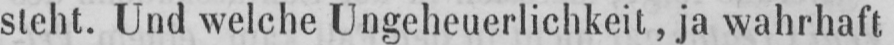
stellt. Und welche Ungeheuerlichkeit, ja wahrhaft